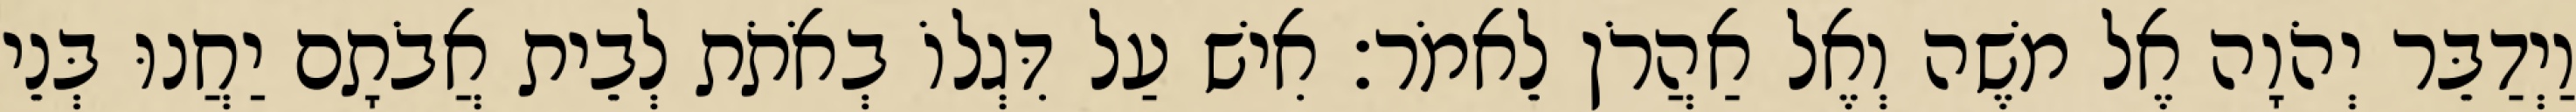
וַיְדַבֵּר יְהֹוָה אֶל משֶׁה וְאֶל אַהֲרֹן לֵאמֹר׃ אִישׁ עַל דִּגְלוֹ בְאֹתֹת לְבֵית אֲבֹתָם יַחֲנוּ בְּנֵי